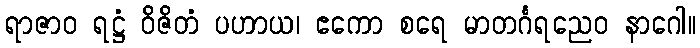
ရာဇာဝ ရဋ္ဌံ ဝိဇိတံ ပဟာယ၊ ဧကော စရေ မာတင်္ဂရညေဝ နာဂေါ။